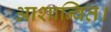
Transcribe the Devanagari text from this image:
आशान्वित।